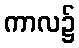
ကာလ၌